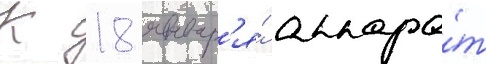
К 18 январ'я́ аппара́т